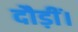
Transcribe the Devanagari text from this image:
दौड़ीं।